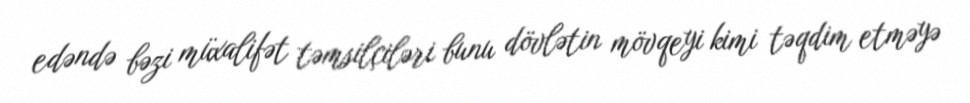
edəndə bəzi müxalifət təmsilçiləri bunu dövlətin mövqeyi kimi təqdim etməyə